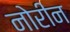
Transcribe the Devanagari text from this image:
नोरीन